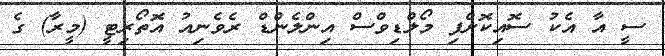
ސީ އާ އެކު ސޮއިކޮށްފި މޯލްޑިވްސް އިންލެންޑް ރެވެނިއު އޮތޯރިޓީ (މީރާ) ގެ